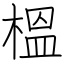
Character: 榲